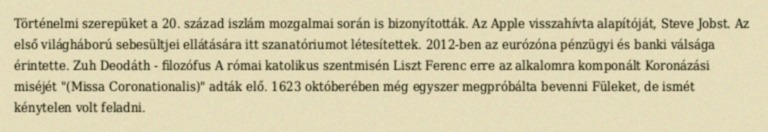
Történelmi szerepüket a 20. század iszlám mozgalmai során is bizonyították. Az Apple visszahívta alapítóját, Steve Jobst. Az első világháború sebesültjei ellátására itt szanatóriumot létesítettek. 2012-ben az eurózóna pénzügyi és banki válsága érintette. Zuh Deodáth - filozófus A római katolikus szentmisén Liszt Ferenc erre az alkalomra komponált Koronázási miséjét "(Missa Coronationalis)" adták elő. 1623 októberében még egyszer megpróbálta bevenni Füleket, de ismét kénytelen volt feladni.